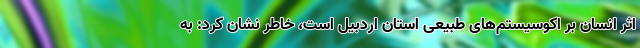
اثر انسان بر اکوسیستم‌های طبیعی استان اردبیل است، خاطر نشان کرد: به